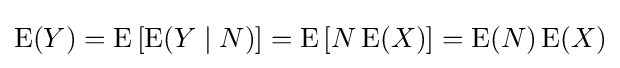
\operatorname {E} (Y)=\operatorname {E} \left[\operatorname {E} (Y\mid N)\right]=\operatorname {E} \left[N\operatorname {E} (X)\right]=\operatorname {E} (N)\operatorname {E} (X)